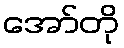
အော်တို